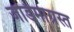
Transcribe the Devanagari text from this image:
जडिमाग्रस्त